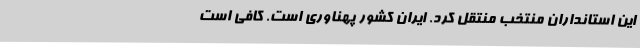
این استانداران منتخب منتقل کرد. ایران کشور پهناوری است. کافی است